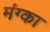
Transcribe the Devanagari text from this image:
मंग्का